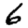
Digit: 6